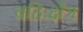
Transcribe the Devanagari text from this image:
बहिःक्षेत्र